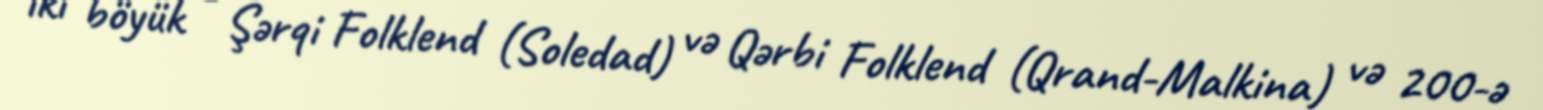
iki böyük - Şərqi Folklend (Soledad) və Qərbi Folklend (Qrand-Malkina) və 200-ə